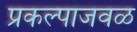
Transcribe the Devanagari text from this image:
प्रकल्पाजवळ